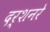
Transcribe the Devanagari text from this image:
दर्शनरे